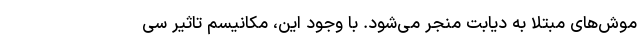
موش‌های مبتلا به دیابت منجر می‌شود. با وجود این، مکانیسم تاثیر سی